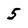
Character: 5